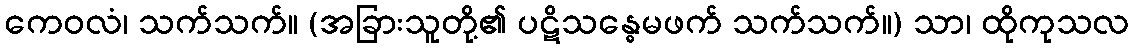
ကေဝလံ၊ သက်သက်။ (အခြားသူတို့၏ ပဋိသန္ဓေမဖက် သက်သက်။) သာ၊ ထိုကုသလ